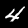
Digit: 4